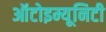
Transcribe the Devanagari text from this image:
ऑटोइम्यूनिटी